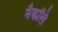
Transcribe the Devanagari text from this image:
मैकाॅले